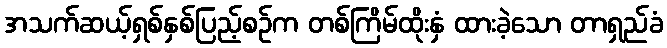
အသက်ဆယ့်ရှစ်နှစ်ပြည့်စဉ်က တစ်ကြိမ်ထိုးနှံ ထားခဲ့သော တာရှည်ခံ